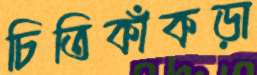
চিতিকাঁকড়া